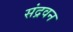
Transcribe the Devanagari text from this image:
संद्रवन